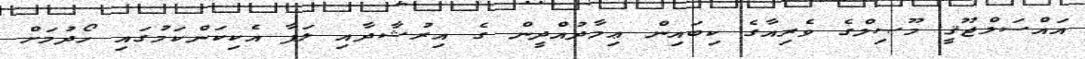
އައްސަލްޖޫޤީ މޫޞިލްގެ ވެރިއާގެ ކިބައިން ޢިމާދުއްދީން ގެ އިރުޝާދާއި ލަފާ އެކިކަންކަމުގައި ހޯދުމަށް